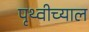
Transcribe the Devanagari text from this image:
पृथ्वीच्याल